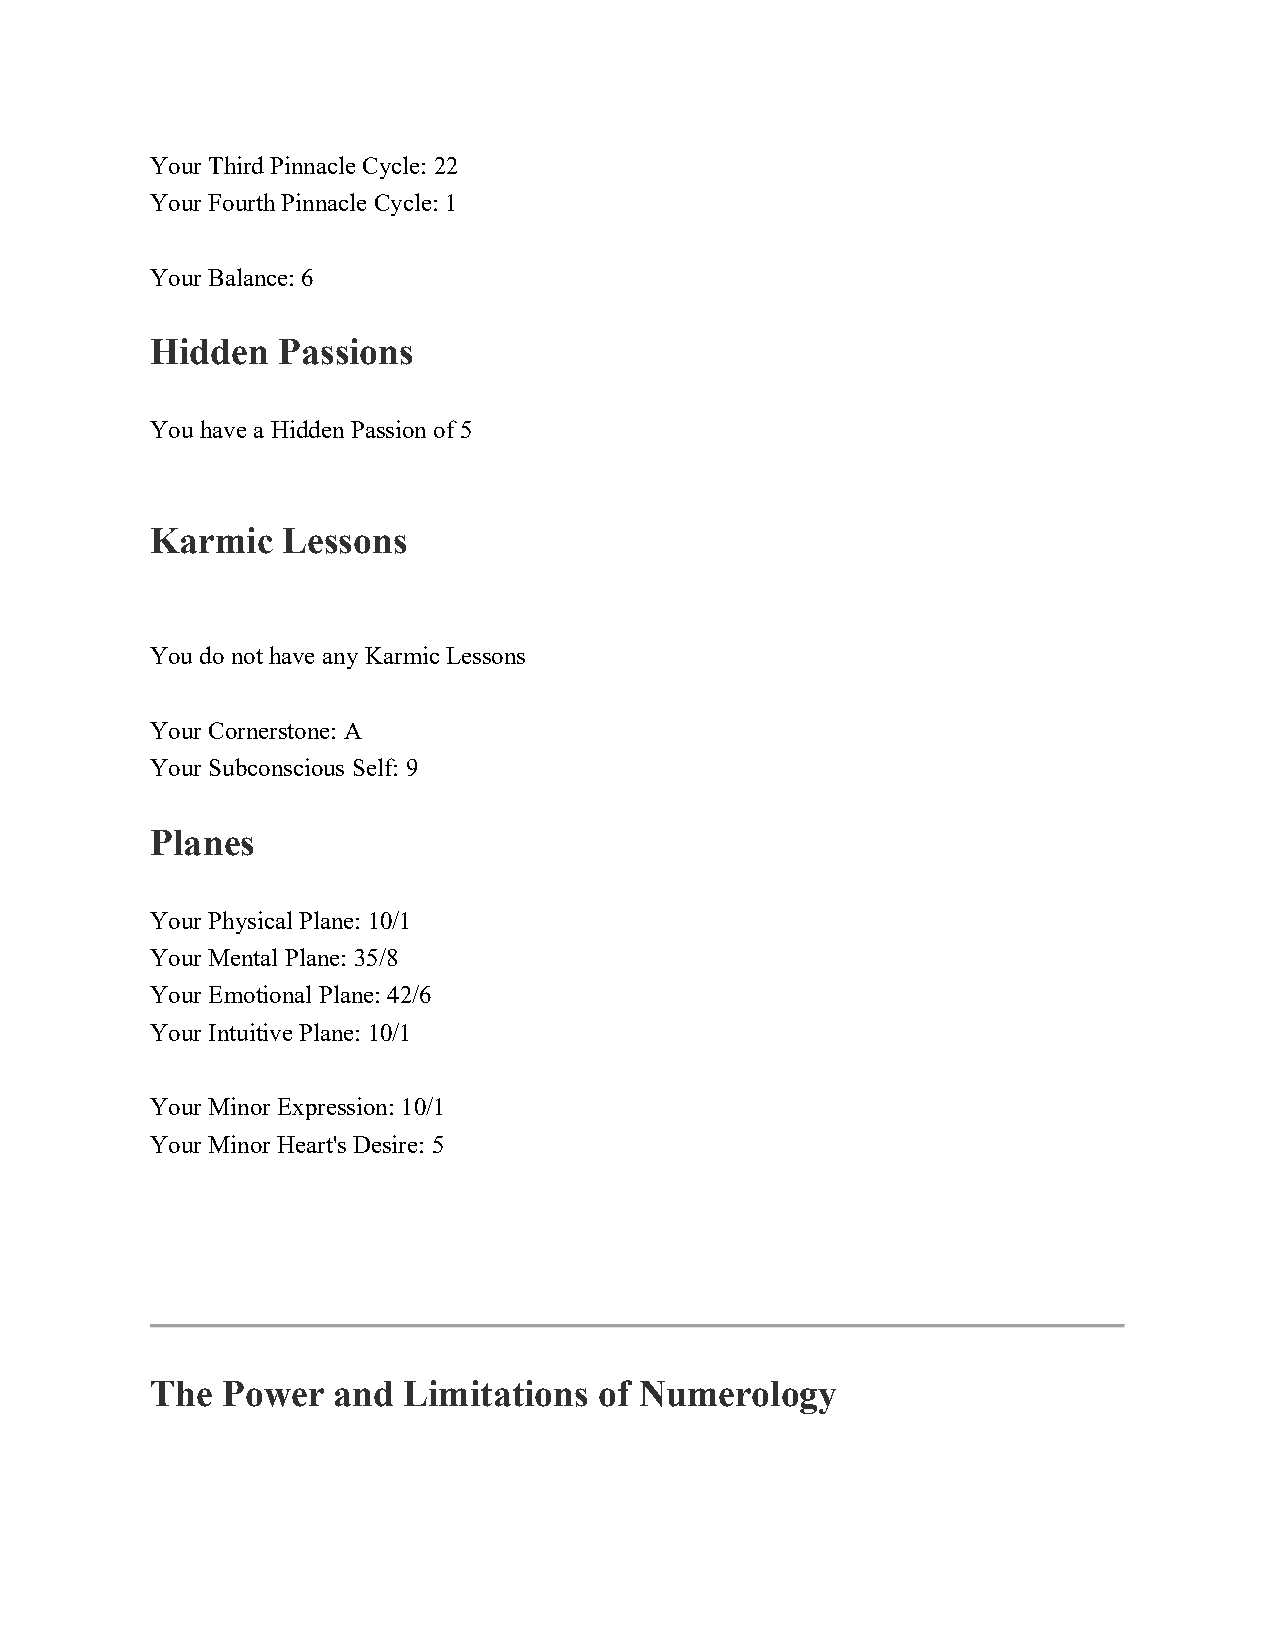
Your Third Pinnacle Cycle: 22
 Your Fourth Pinnacle Cycle: 1
 Your Balance: 6
 Hidden  Passions
 You have a Hidden Passion of 5
 Karmic   Lessons
 You do not have any Karmic Lessons
 Your Cornerstone: A
 Your Subconscious Self: 9
 Planes
 Your Physical Plane: 10/1
 Your Mental Plane: 35/8
 Your Emotional Plane: 42/6
 Your Intuitive Plane: 10/1
 Your Minor Expression: 10/1
 Your Minor Heart's Desire: 5
 The  Power  and  Limitations  of Numerology